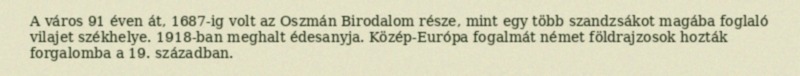
A város 91 éven át, 1687-ig volt az Oszmán Birodalom része, mint egy több szandzsákot magába foglaló vilajet székhelye. 1918-ban meghalt édesanyja. Közép-Európa fogalmát német földrajzosok hozták forgalomba a 19. században.